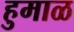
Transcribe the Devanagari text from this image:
हुमाळ